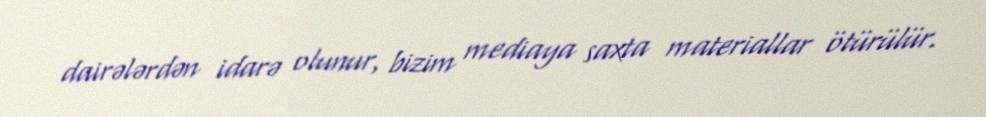
dairələrdən idarə olunur, bizim mediaya saxta materiallar ötürülür.